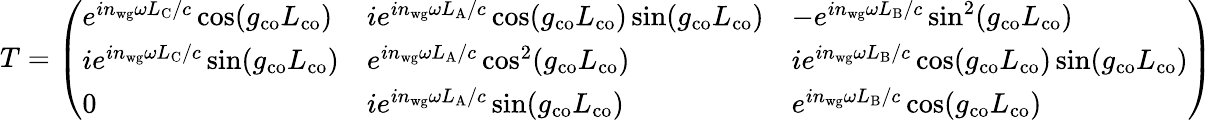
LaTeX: T=\left(\begin{array}{lll}{e^{in_{\mathrm{wg}}\omega L_{\mathrm{C}}/c}\cos(g_{\mathrm{co}}L_{\mathrm{co}})}&{ie^{in_{\mathrm{wg}}\omega L_{\mathrm{A}}/c}\cos(g_{\mathrm{co}}L_{\mathrm{co}})\sin(g_{\mathrm{co}}L_{\mathrm{co}})}&{-e^{in_{\mathrm{wg}}\omega L_{\mathrm{B}}/c}\sin^{2}(g_{\mathrm{co}}L_{\mathrm{co}})}\\ {ie^{in_{\mathrm{wg}}\omega L_{\mathrm{C}}/c}\sin(g_{\mathrm{co}}L_{\mathrm{co}})}&{e^{in_{\mathrm{wg}}\omega L_{\mathrm{A}}/c}\cos^{2}(g_{\mathrm{co}}L_{\mathrm{co}})}&{ie^{in_{\mathrm{wg}}\omega L_{\mathrm{B}}/c}\cos(g_{\mathrm{co}}L_{\mathrm{co}})\sin(g_{\mathrm{co}}L_{\mathrm{co}})}\\ {0}&{ie^{in_{\mathrm{wg}}\omega L_{\mathrm{A}}/c}\sin(g_{\mathrm{co}}L_{\mathrm{co}})}&{e^{in_{\mathrm{wg}}\omega L_{\mathrm{B}}/c}\cos(g_{\mathrm{co}}L_{\mathrm{co}})}\end{array}\right)